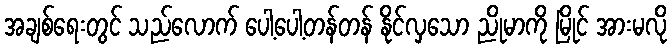
အချစ်ရေးတွင် သည်လောက် ပေါ့ပေါ့တန်တန် နိုင်လှသော ညိုမာကို မြိုင် အားမလို